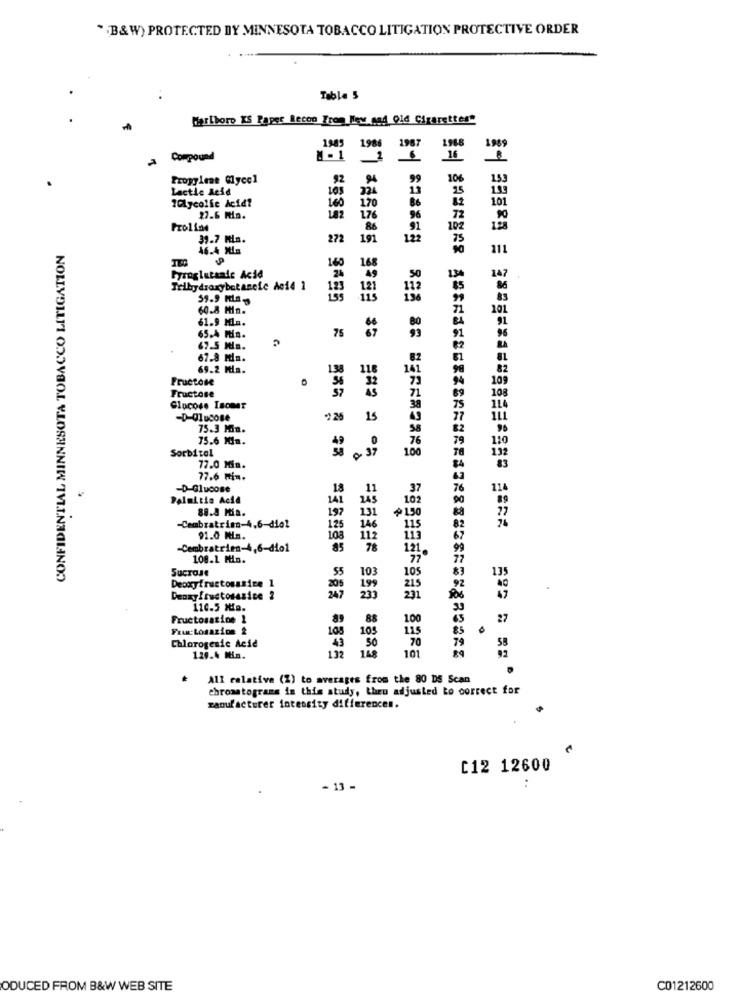
* "B&W) PROTECTED DY MINNESOTA TOBACCO LITIGATION PROTECTIVE ORDER
Table 5
Marlboro KS Paper Becon From New and old Cigarettes"
1985 1986
1967
1968
Compound
Propylene Glycol
92
99
106
Lactic Acid
105
25
10Lycolfe Acid?
101
170
82
27.6 Min.
1.76
96
72
Proline
92
102
39.7 MLm.
272
191
122
75
CONFIDENTIAL MINNESOTA TOBACCO LITIGATION
46.4 MIa
111
140
168
Fyroglutande Acid
24
49
50
Trllhydroxybotanefe Ao14 1
123
121
59.9 HLa
60.8 Min.
61.9 Mln.
75
65.4 Min.
$5
67.5 Ms.
67.8 Min.
69.2 Mia.
138
11
14
Fructose
36
32
AS
Fructose
Glucose Isomer
-D-Olus08
25
15
75.3 Min.
75.6 Min.
Sorbitol
0
100
77.0 Min.
77.6 mia.
-D-Glucose
18
37
Palaitis Acid
141
10%
88.8 Min.
197
+ 150
131
-Ceabratrisn-4,6-diol
125
146
115
91.0 Mm.
108
112
-Cembratrien-4,6-dio1
85
78
121
108.1 Min.
Sucrase
55
103
135
105
Deoxyfructosasire 1
47
Deoxyfructosasice 2
110.5 Mia.
Fructosatine 1
89
88
100
27
Fructosazion &
108
103
115
70
53
Chlorogesic Acid
132
168
50
101
129.4 Min.
All relative (2) to averages from the 80 DS Scan
chromatograms in this study, theu adjusted to correct for
manufacturer intensity differences.
C12 12600
- 13 -
ODUCED FROM B&W WEB SITE
C01212600